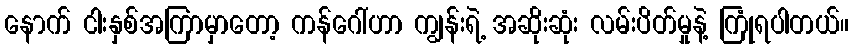
နောက် ငါးနှစ်အကြာမှာတော့ ကန်ဂေါ်ဟာ ကျွန်းရဲ့ အဆိုးဆုံး လမ်းပိတ်မှုနဲ့ ကြုံရပါတယ်။